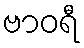
ဗာဝရီ